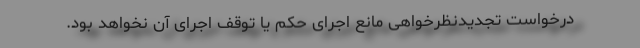
درخواست تجدیدنظرخواهی مانع اجرای حکم یا توقف اجرای آن نخواهد بود.